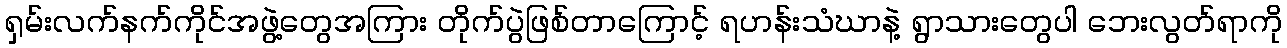
ရှမ်းလက်နက်ကိုင်အဖွဲ့တွေအကြား တိုက်ပွဲဖြစ်တာကြောင့် ရဟန်းသံဃာနဲ့ ရွာသားတွေပါ ဘေးလွတ်ရာကို